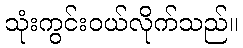
သုံးကွင်းဝယ်လိုက်သည်။